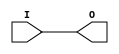
// This program was cloned from: https://github.com/jhshi/openofdm
// License: Apache License 2.0

// $Header: /devl/xcs/repo/env/Databases/CAEInterfaces/verunilibs/data/unisims/IBUFG_SSTL3_II.v,v 1.6 2007/05/23 21:43:34 patrickp Exp $
///////////////////////////////////////////////////////////////////////////////
// Copyright (c) 1995/2004 Xilinx, Inc.
// All Right Reserved.
///////////////////////////////////////////////////////////////////////////////
//   ____  ____
//  /   /\/   /
// /___/  \  /    Vendor : Xilinx
// \   \   \/     Version : 10.1
//  \   \         Description : Xilinx Functional Simulation Library Component
//  /   /                  Input Clock Buffer with SSTL3_II I/O Standard
// /___/   /\     Filename : IBUFG_SSTL3_II.v
// \   \  /  \    Timestamp : Thu Mar 25 16:42:31 PST 2004
//  \___\/\___\
//
// Revision:
//    03/23/04 - Initial version.
//    05/23/07 - Changed timescale to 1 ps / 1 ps.

`timescale  1 ps / 1 ps


module IBUFG_SSTL3_II (O, I);

    output O;

    input  I;

	buf B1 (O, I);


endmodule